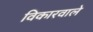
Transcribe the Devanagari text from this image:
विकारवाले